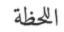
اللحظة